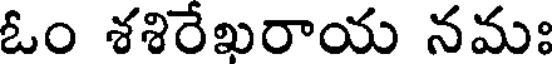
ఓం శశిరేఖరాయ నమః